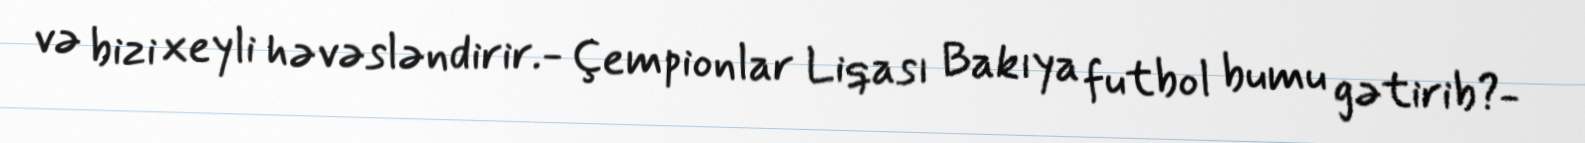
və bizi xeyli həvəsləndirir.- Çempionlar Liqası Bakıya futbol bumu gətirib?-